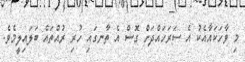
މި ވާހަކައާއެކު އެ ސަރަހައްދަށް ގޮސް އެ ތާނގައި ހުރި ރުއްތައް ބަލައިލީމެވެ.